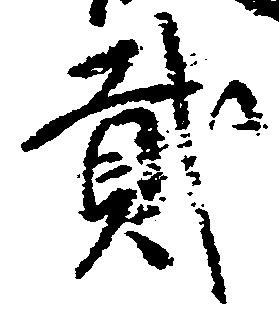
弐